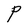
Character: P